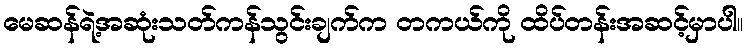
မေဆန်ရဲ့အဆုံးသတ်ကန်သွင်းချက်က တကယ်ကို ထိပ်တန်းအဆင့်မှာပါ။